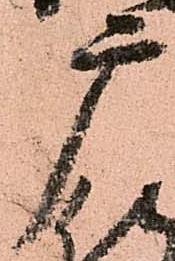
广